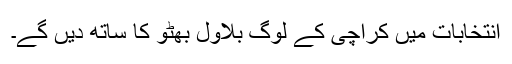
انتخابات میں کراچی کے لوگ بلاول بھٹو کا ساتھ دیں گے۔